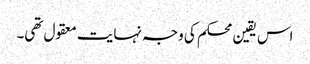
اس یقین محکم کی وجہ نہایت معقول تھی۔